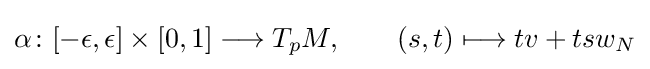
\alpha \colon [-\epsilon ,\epsilon ]\times [0,1]\longrightarrow T_{p}M,\qquad (s,t)\longmapsto tv+tsw_{N}